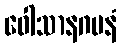
ဝေါသာနဂမနံ